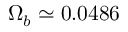
\Omega _ { b } \simeq 0 . 0 4 8 6